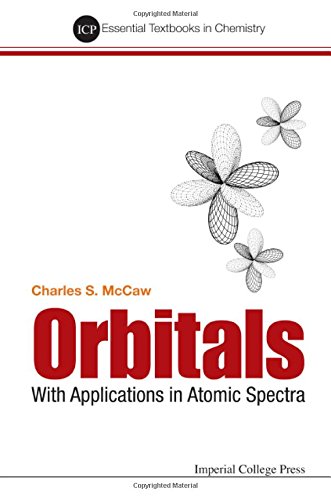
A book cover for Orbitals: With Applications in Atomic Spectra (Essential Textbooks in Chemistry) (Icp Essential Textbooks in Chemistry); Charles Stuart McCaw; Science & Math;